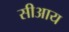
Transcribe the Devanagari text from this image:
सीआय